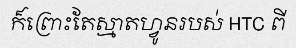
ក៏ព្រោះតែស្មាតហ្វូនរបស់ HTC ពី